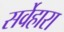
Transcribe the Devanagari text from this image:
सर्वेहारा